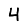
Digit: 4